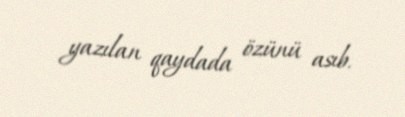
yazılan qaydada özünü asıb.